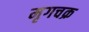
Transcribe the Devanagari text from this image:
मृगचक्र